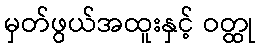
မှတ်ဖွယ်အထူးနှင့် ဝတ္ထု